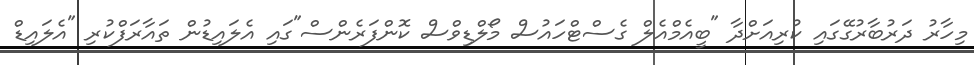
މިހާރު ދަރުބާރުގޭގައި ކުރިއަށްދާ "ބީއެމްއެލް ގެސްޓްހައުސް މޯލްޑިވްސް ކޮންފަރެންސް"ގައި އެލައިޑުން ތައާރަފްކުރި "އެލައިޑް